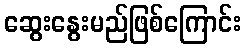
ဆွေးနွေးမည်ဖြစ်ကြောင်း